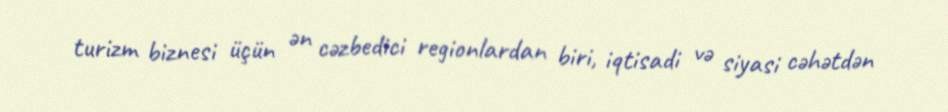
turizm biznesi üçün ən cəzbedici regionlardan biri, iqtisadi və siyasi cəhətdən